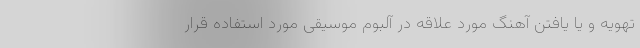
تهویه و یا یافتن آهنگ مورد علاقه در آلبوم موسیقی مورد استفاده قرار